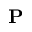
{ \bf P }